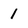
Character: 1